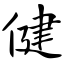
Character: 健